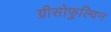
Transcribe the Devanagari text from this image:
ग्रीसोफुल्विन